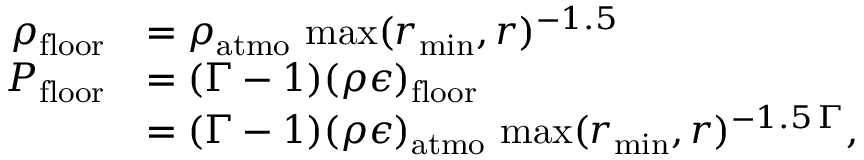
\begin{array} { r l } { \rho _ { \mathrm { f l o o r } } } & { = \rho _ { \mathrm { a t m o } } \, \operatorname* { m a x } ( r _ { \mathrm { m i n } } , r ) ^ { - 1 . 5 } } \\ { P _ { \mathrm { f l o o r } } } & { = ( \Gamma - 1 ) ( \rho \epsilon ) _ { \mathrm { f l o o r } } } \\ & { = ( \Gamma - 1 ) ( \rho \epsilon ) _ { \mathrm { a t m o } } \, \operatorname* { m a x } ( r _ { \mathrm { m i n } } , r ) ^ { - 1 . 5 \, \Gamma } , } \end{array}